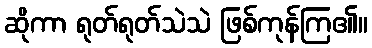
ဆိုကာ ရုတ်ရုတ်သဲသဲ ဖြစ်ကုန်ကြ၏။